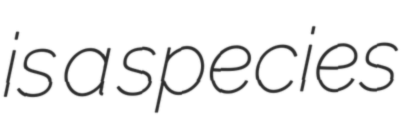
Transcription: is a species